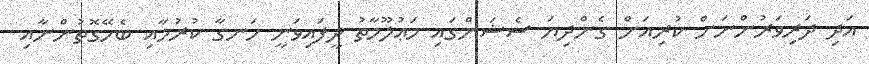
އަދި ދަރިވަރުންނަށް ކުރިއަށް ގެންދިޔަ ސެޝަންގައި މަޢުލޫމާތު ދީފައިވަނީ ހަނގާ ކުރުމާއި ބެހޭގޮތުންނާއި